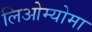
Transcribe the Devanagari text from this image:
लिओम्योमा